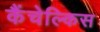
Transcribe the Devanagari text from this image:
कैंचेल्किस